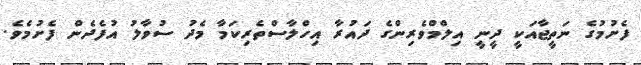
ފެށުމުގެ ނަތީޖާއަކީ ދީނީ އިލްމްވެރިންގެ ދައުރާ އިހްލާސްތެރިކަމާ މެދު ސުވާލު އުފެދެން ފެށުމެވެ.